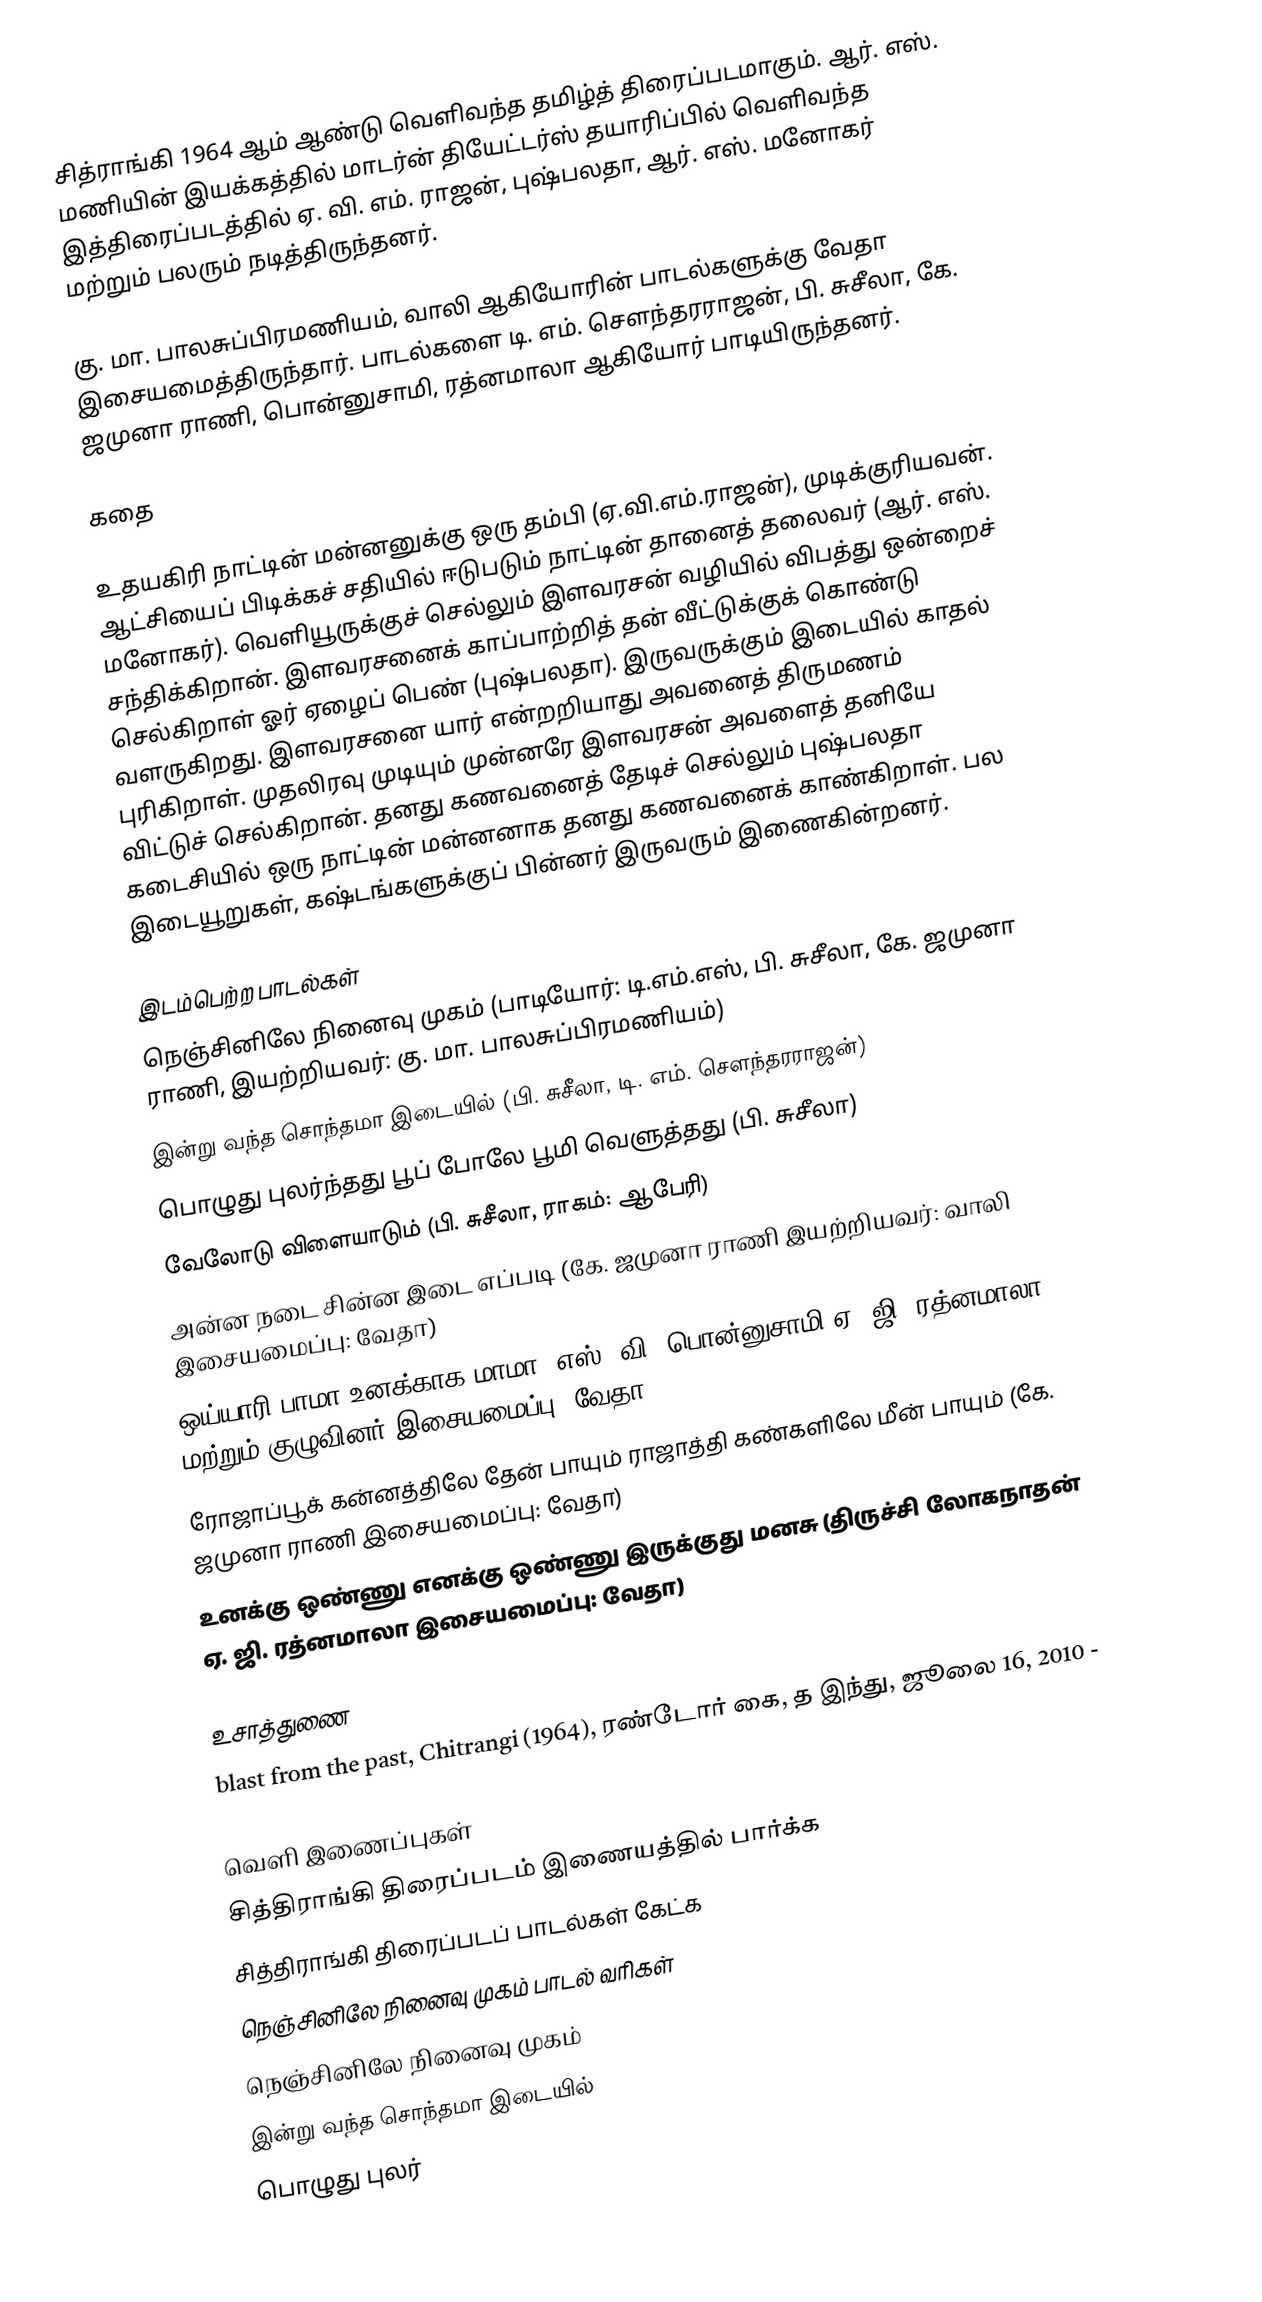
சித்ராங்கி 1964 ஆம் ஆண்டு வெளிவந்த தமிழ்த் திரைப்படமாகும். ஆர். எஸ். மணியின் இயக்கத்தில் மாடர்ன் தியேட்டர்ஸ் தயாரிப்பில் வெளிவந்த இத்திரைப்படத்தில் ஏ. வி. எம். ராஜன், புஷ்பலதா, ஆர். எஸ். மனோகர் மற்றும் பலரும் நடித்திருந்தனர்.

கு. மா. பாலசுப்பிரமணியம், வாலி ஆகியோரின் பாடல்களுக்கு வேதா இசையமைத்திருந்தார். பாடல்களை டி. எம். சௌந்தரராஜன், பி. சுசீலா, கே. ஜமுனா ராணி, பொன்னுசாமி, ரத்னமாலா ஆகியோர் பாடியிருந்தனர்.

கதை

உதயகிரி நாட்டின் மன்னனுக்கு ஒரு தம்பி (ஏ.வி.எம்.ராஜன்), முடிக்குரியவன். ஆட்சியைப் பிடிக்கச் சதியில் ஈடுபடும் நாட்டின் தானைத் தலைவர் (ஆர். எஸ். மனோகர்). வெளியூருக்குச் செல்லும் இளவரசன் வழியில் விபத்து ஒன்றைச் சந்திக்கிறான். இளவரசனைக் காப்பாற்றித் தன் வீட்டுக்குக் கொண்டு செல்கிறாள் ஓர் ஏழைப் பெண் (புஷ்பலதா). இருவருக்கும் இடையில் காதல் வளருகிறது. இளவரசனை யார் என்றறியாது அவனைத் திருமணம் புரிகிறாள். முதலிரவு முடியும் முன்னரே இளவரசன் அவளைத் தனியே விட்டுச் செல்கிறான். தனது கணவனைத் தேடிச் செல்லும் புஷ்பலதா கடைசியில் ஒரு நாட்டின் மன்னனாக தனது கணவனைக் காண்கிறாள். பல இடையூறுகள், கஷ்டங்களுக்குப் பின்னர் இருவரும் இணைகின்றனர்.

இடம்பெற்ற பாடல்கள்
 நெஞ்சினிலே நினைவு முகம் (பாடியோர்: டி.எம்.எஸ், பி. சுசீலா, கே. ஜமுனா ராணி, இயற்றியவர்: கு. மா. பாலசுப்பிரமணியம்)
 இன்று வந்த சொந்தமா இடையில் (பி. சுசீலா, டி. எம். சௌந்தரராஜன்)
 பொழுது புலர்ந்தது பூப் போலே பூமி வெளுத்தது (பி. சுசீலா)
 வேலோடு விளையாடும் (பி. சுசீலா, ராகம்: ஆபேரி)
அன்ன நடை சின்ன இடை எப்படி (கே. ஜமுனா ராணி  இயற்றியவர்: வாலி இசையமைப்பு: வேதா)
ஒய்யாரி பாமா உனக்காக மாமா (எஸ். வி. பொன்னுசாமி ஏ. ஜி. ரத்னமாலா  மற்றும் குழுவினர் இசையமைப்பு: வேதா)
ரோஜாப்பூக் கன்னத்திலே தேன் பாயும் ராஜாத்தி கண்களிலே மீன் பாயும் (கே. ஜமுனா ராணி இசையமைப்பு: வேதா)
உனக்கு ஒண்ணு எனக்கு ஒண்ணு இருக்குது மனசு  (திருச்சி லோகநாதன்  ஏ. ஜி. ரத்னமாலா  இசையமைப்பு: வேதா)

உசாத்துணை
blast from the past, Chitrangi (1964), ரண்டோர் கை, த இந்து, ஜூலை 16, 2010 -

வெளி இணைப்புகள்
சித்திராங்கி திரைப்படம் இணையத்தில் பார்க்க
சித்திராங்கி திரைப்படப் பாடல்கள் கேட்க
நெஞ்சினிலே நினைவு முகம் பாடல் வரிகள்
நெஞ்சினிலே நினைவு முகம்
இன்று வந்த சொந்தமா இடையில்
பொழுது புலர்